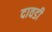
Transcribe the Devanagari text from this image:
दावडी